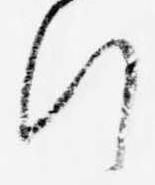
行